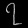
Digit: ၇